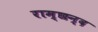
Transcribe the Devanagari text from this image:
राम्छन्द